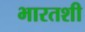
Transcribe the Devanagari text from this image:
भारतशी